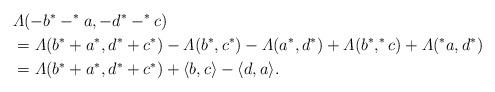
LaTeX: \begin{align*} &\varLambda(-b^*-^*a,-d^*-^*c)\\ &=\varLambda(b^*+a^*,d^*+c^*)-\varLambda(b^*,c^*)-\varLambda(a^*,d^*)+\varLambda(b^*,^*c)+\varLambda(^*a,d^*)\\ &=\varLambda(b^*+a^*,d^*+c^*)+ \langle b,c \rangle - \langle d,a \rangle . \end{align*}